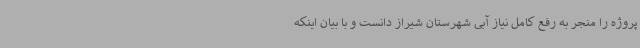
پروژه را منجر به رفع کامل نیاز آبی شهرستان شیراز دانست و با بیان اینکه